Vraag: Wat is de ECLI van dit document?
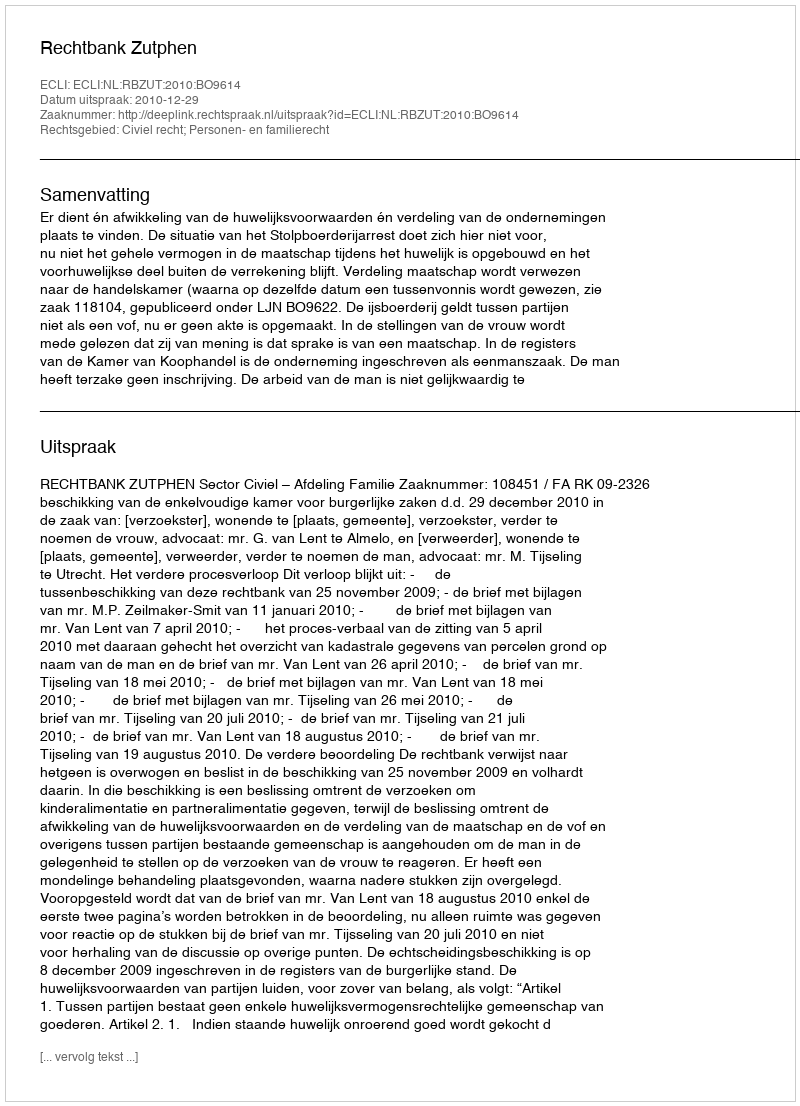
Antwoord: ECLI:NL:RBZUT:2010:BO9614